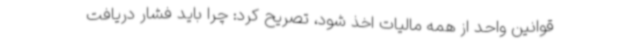
قوانین واحد از همه مالیات اخذ شود، تصریح کرد: چرا باید فشار دریافت